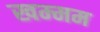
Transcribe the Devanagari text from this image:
खम्‍मम